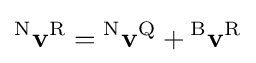
{}^{\mathrm {N} }\mathbf {v} ^{\mathrm {R} }={}^{\mathrm {N} }\mathbf {v} ^{\mathrm {Q} }+{}^{\mathrm {B} }\mathbf {v} ^{\mathrm {R} }